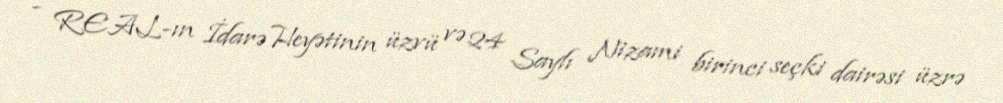
- REAL-ın İdarə Heyətinin üzvü və 24 Saylı Nizami birinci seçki dairəsi üzrə